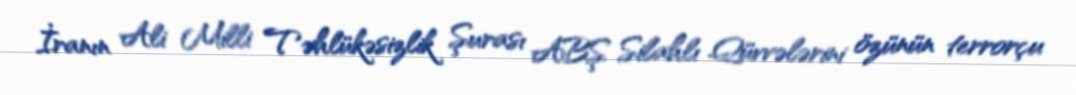
İranın Ali Milli Təhlükəsizlik Şurası ABŞ Silahlı Qüvvələrini özünün terrorçu